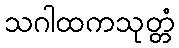
သဂါထကသုတ္တံ